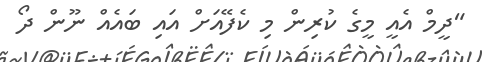
"ދީމް އެއީ މީގެ ކުރިން މި ކެފޭއަށް އައި ބައެއް ނޫން ދޯ